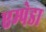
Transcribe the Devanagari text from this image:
एम्पेडा